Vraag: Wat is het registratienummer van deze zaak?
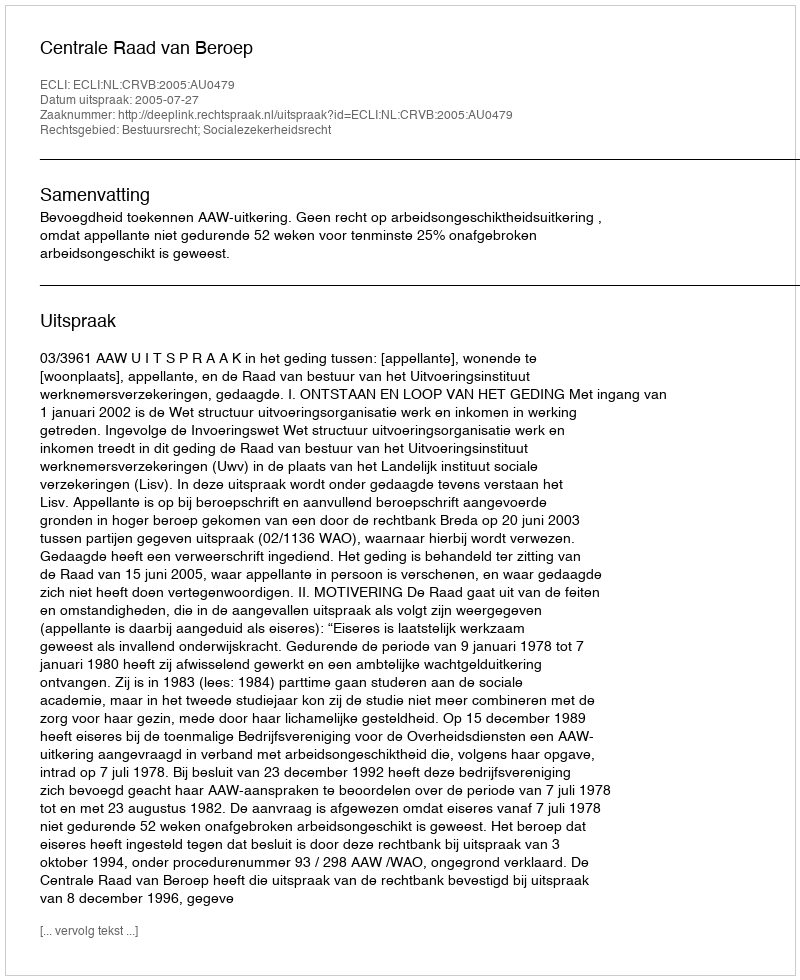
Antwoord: http://deeplink.rechtspraak.nl/uitspraak?id=ECLI:NL:CRVB:2005:AU0479